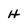
Character: H